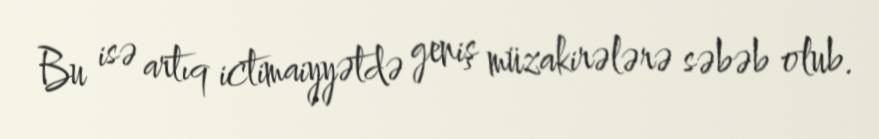
Bu isə artıq ictimaiyyətdə geniş müzakirələrə səbəb olub.